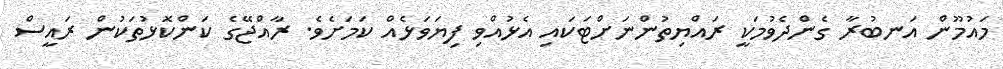
މައުމޫން އަނބުރާ ގެންދެވުމަކީ ރައްޔިތުންނަށްޓަކައި އެޅުއްވި ފިޔަވަޅެއް ކަމަށެވެ. ރާއްޖޭގެ ކަންކޮޅުތަކުން ރައީސް